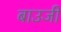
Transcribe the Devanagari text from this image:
बाउजी